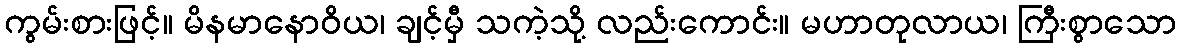
ကွမ်းစားဖြင့်။ မိနမာနောဝိယ၊ ချင့်မှီ သကဲ့သို့ လည်းကောင်း။ မဟာတုလာယ၊ ကြီးစွာသော